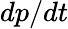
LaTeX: dp/dt